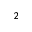
^ 2